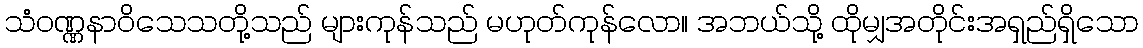
သံဝဏ္ဏနာဝိသေသတို့သည် များကုန်သည် မဟုတ်ကုန်လော။ အဘယ်သို့ ထိုမျှအတိုင်းအရှည်ရှိသော